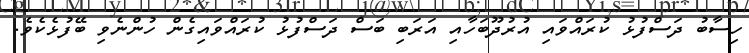
ހިސާބު ދަސްފުޅު ކުރައްވައި އުރުދޫބަހާއި އަރަބި ބަސް ދަސްފުޅު ކުރައްވައިގެން ހުންނެވި ބޭފުޅެކެވެ.